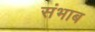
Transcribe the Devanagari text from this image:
संभाब